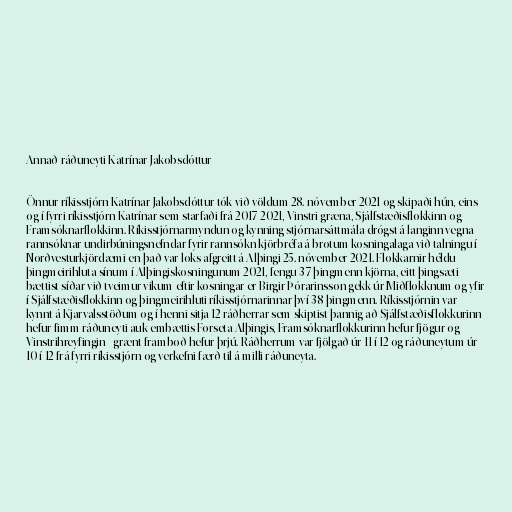
Annað ráðuneyti Katrínar Jakobsdóttur

Önnur ríkisstjórn Katrínar Jakobsdóttur tók við völdum 28. nóvember 2021 og skipaði hún, eins
og í fyrri ríkisstjórn Katrínar sem starfaði frá 2017-2021, Vinstri græna, Sjálfstæðisflokkinn og
Framsóknarflokkinn. Ríkisstjórnarmyndun og kynning stjórnarsáttmála drógst á langinn vegna
rannsóknar undirbúningsnefndar fyrir rannsókn kjörbréfa á brotum kosningalaga við talningu í
Norðvesturkjördæmi en það var loks afgreitt á Alþingi 25. nóvember 2021. Flokkarnir héldu
þingmeirihluta sínum í Alþingiskosningunum 2021, fengu 37 þingmenn kjörna, eitt þingsæti
bættist síðar við tveimur vikum eftir kosningar er Birgir Þórarinsson gekk úr Miðflokknum og yfir
í Sjálfstæðisflokkinn og þingmeirihluti ríkisstjórnarinnar því 38 þingmenn. Ríkisstjórnin var
kynnt á Kjarvalsstöðum og í henni sitja 12 ráðherrar sem skiptist þannig að Sjálfstæðisflokkurinn
hefur fimm ráðuneyti auk embættis Forseta Alþingis, Framsóknarflokkurinn hefur fjögur og
Vinstrihreyfingin - grænt framboð hefur þrjú. Ráðherrum var fjölgað úr 11 í 12 og ráðuneytum úr
10 í 12 frá fyrri ríkisstjórn og verkefni færð til á milli ráðuneyta.